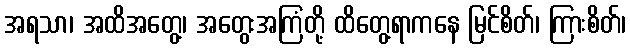
အရသာ၊ အထိအတွေ့၊ အတွေးအကြံတို့ ထိတွေ့ရာကနေ မြင်စိတ်၊ ကြားစိတ်၊